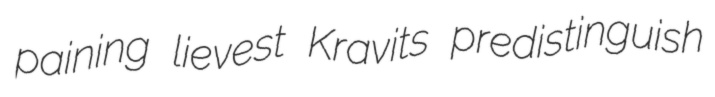
paining lievest Kravits predistinguish